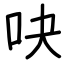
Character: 吷